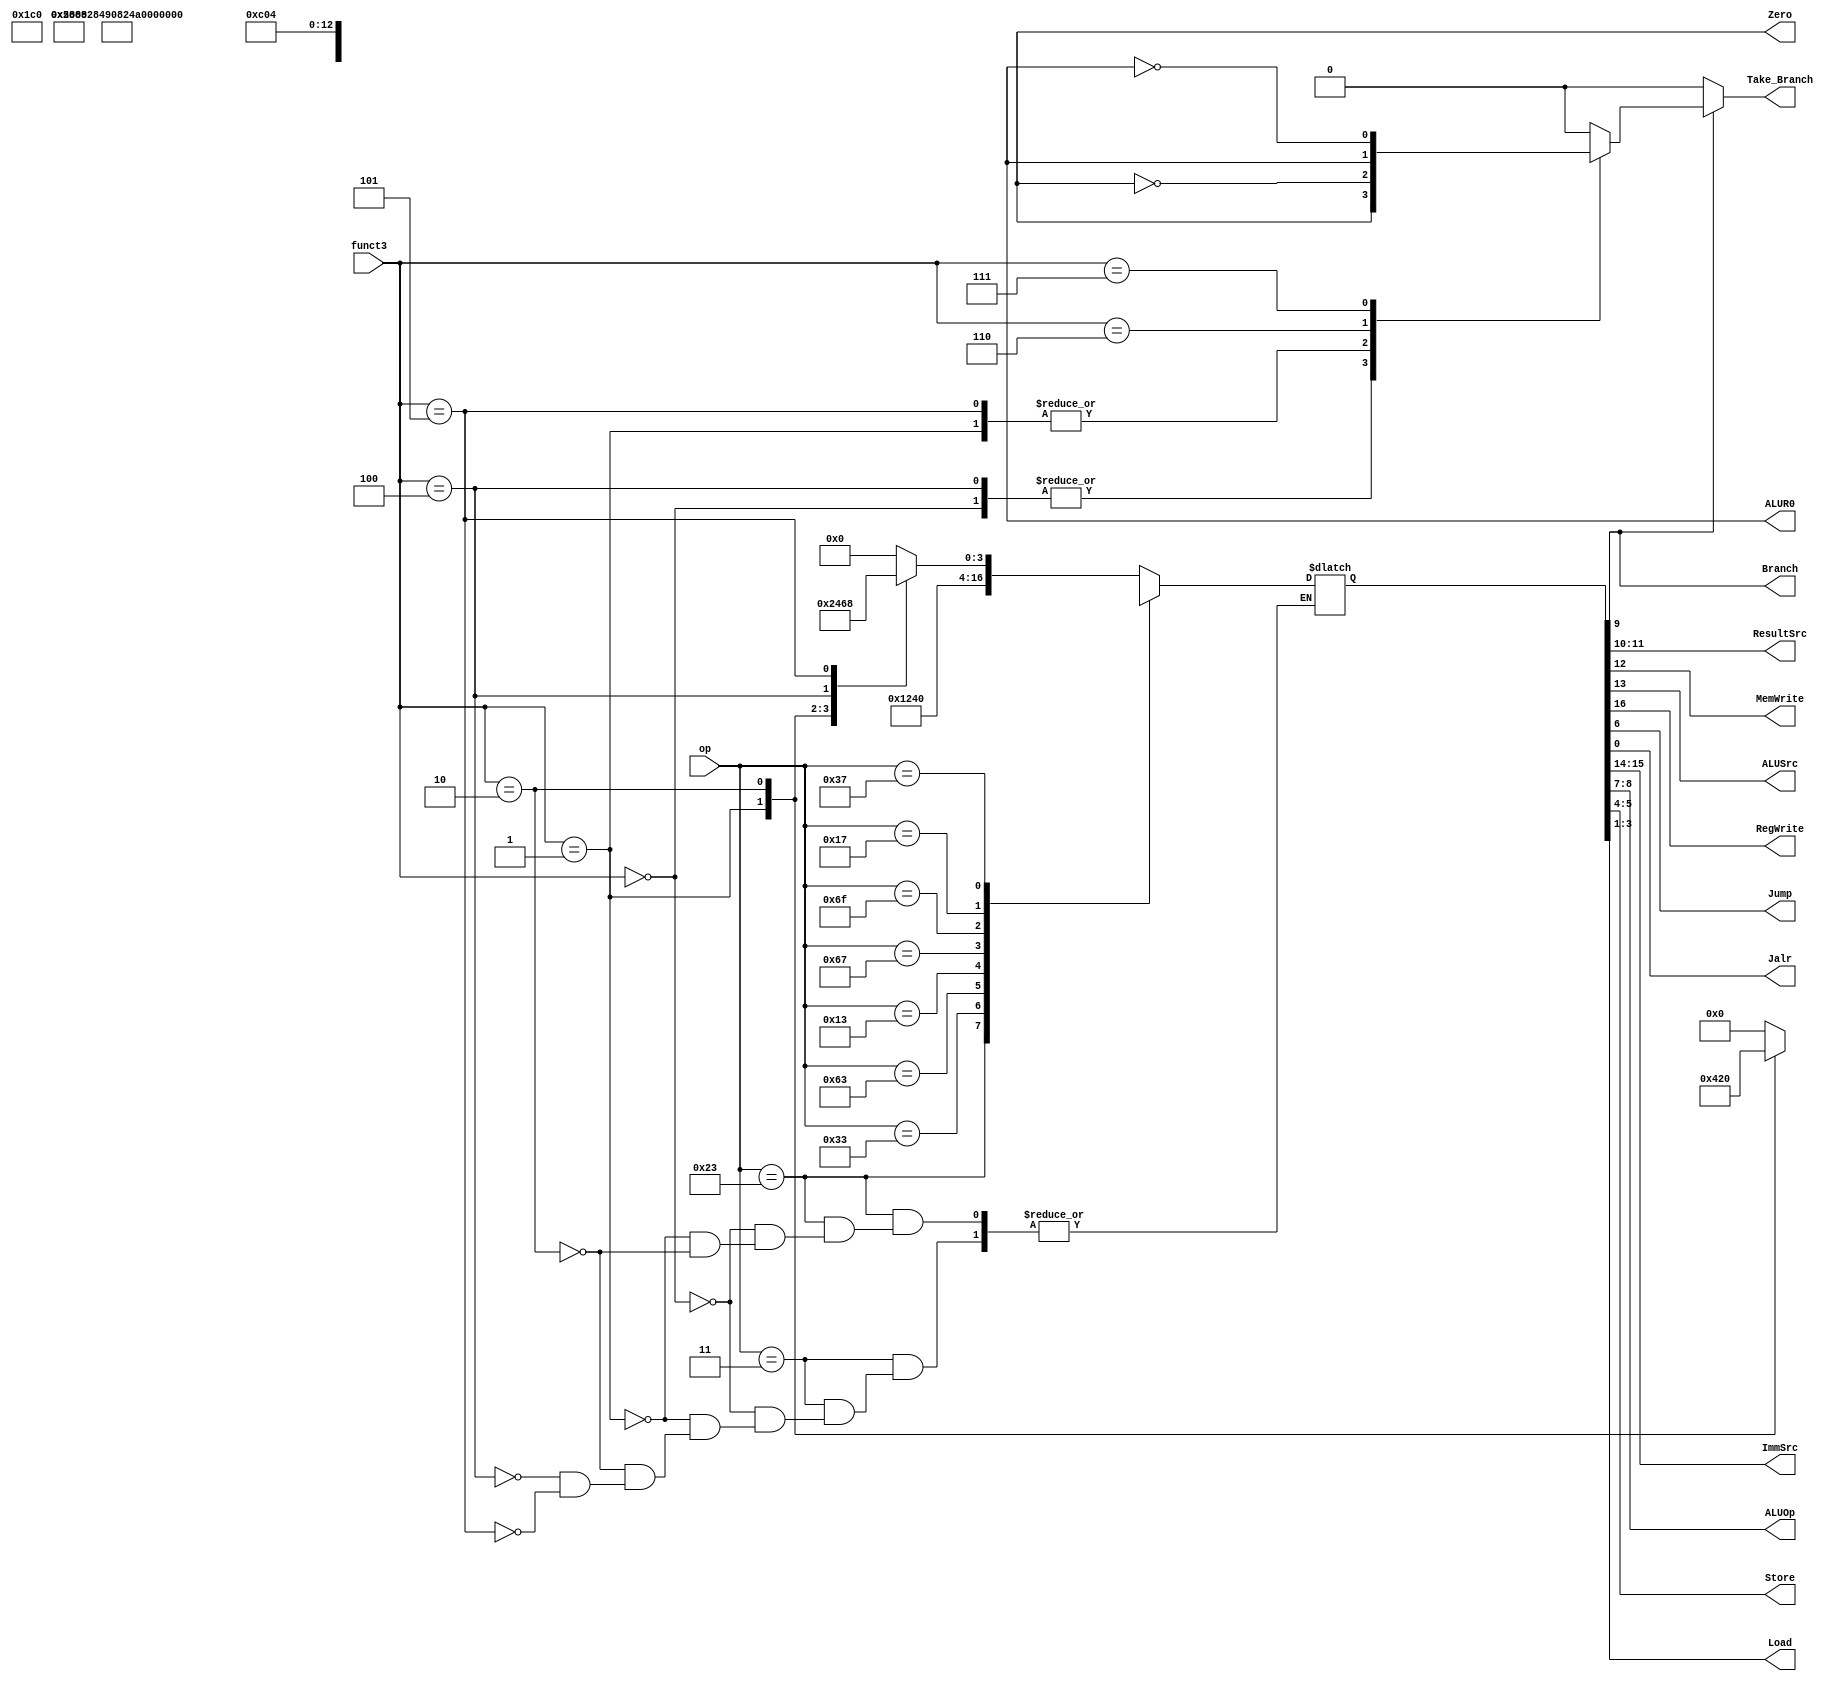

// main_decoder.v - logic for main decoder

module main_decoder (
    input  [6:0] op,
    input  [2:0] funct3,
    output [1:0] ResultSrc,
    output       MemWrite, Branch, ALUR0, ALUSrc,
    output       RegWrite, Zero, Jump, Jalr,
    output reg   Take_Branch,
    output [1:0] ImmSrc,
    output [1:0] ALUOp, Store,
    output [2:0] Load
);

reg [16:0] controls;

always @(*) begin
    case (op)
        // RegWrite_ImmSrc_ALUSrc_MemWrite_ResultSrc_Branch_ALUOp_Jump_Store_Load_Jalr
        7'b0000011: begin
                        case (funct3)
                        3'b000: controls = 17'b1_00_1_0_01_0_00_0_00_000_0; // lb
                        3'b001: controls = 17'b1_00_1_0_01_0_00_0_00_001_0; // lh
                        3'b010: controls = 17'b1_00_1_0_01_0_00_0_00_010_0; // lw
                        3'b100: controls = 17'b1_00_1_0_01_0_00_0_00_011_0; // lbu
                        3'b101: controls = 17'b1_00_1_0_01_0_00_0_00_100_0; // lhu
                        endcase
                    end
        7'b0100011: begin
                        case (funct3)
                        3'b000: controls = 17'b0_01_1_1_00_0_00_0_00_000_0; // sb
                        3'b001: controls = 17'b0_01_1_1_00_0_00_0_01_000_0; // sh
                        3'b010: controls = 17'b0_01_1_1_00_0_00_0_10_000_0; // sw
                        endcase
                    end
        7'b0110011: controls = 17'b1_xx_0_0_00_0_10_0_00_010_0; // Rtype
        7'b1100011: controls = 17'b0_10_0_0_00_1_01_0_00_010_0; // B-type
        7'b0010011: controls = 17'b1_00_1_0_00_0_10_0_00_010_0; // Itype ALU
        7'b1100111: controls = 17'b1_00_1_0_10_0_00_0_00_010_1; // jalr
        7'b1101111: controls = 17'b1_11_0_0_10_0_00_1_00_010_0; // jal
        7'b0010111: controls = 17'b1_xx_1_0_11_0_00_0_00_010_0; // auipc
        7'b0110111: controls = 17'b1_xx_x_0_11_0_00_0_00_010_0; // lui
        default:    controls = 17'bx_xx_x_x_xx_x_xx_x_xx_xxx_x; // ???
    endcase

    Take_Branch = 0;
    if (Branch) begin
        case (funct3)
            3'b000:  Take_Branch = Zero;
            3'b001:  Take_Branch = !Zero;
            3'b100:  Take_Branch = Zero;
            3'b101:  Take_Branch = !Zero;
			3'b110:  Take_Branch = ALUR0;
			3'b111:  Take_Branch = !ALUR0;
            default: Take_Branch = 0;
        endcase
    end

end

assign {RegWrite, ImmSrc, ALUSrc, MemWrite, ResultSrc, Branch, ALUOp, Jump, Store, Load, Jalr} = controls;

endmodule